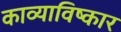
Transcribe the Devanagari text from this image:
काव्याविष्कार